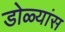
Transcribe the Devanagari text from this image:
डोळ्यांस